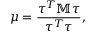
\mu = \frac { \boldsymbol { \tau } ^ { T } \mathbb { M } \boldsymbol { \tau } } { \boldsymbol { \tau } ^ { T } \boldsymbol { \tau } } ,